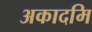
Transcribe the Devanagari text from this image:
अकादमि